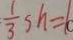
\frac { 1 } { 3 } s h = 1 0